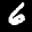
Label: 6